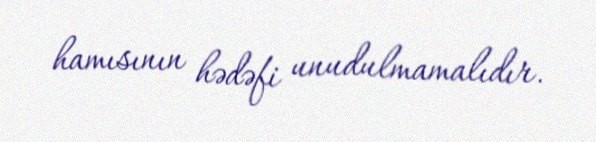
hamısının hədəfi unudulmamalıdır.